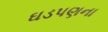
ઘડપણના